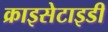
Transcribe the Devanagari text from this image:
क्राइसेटाइडी